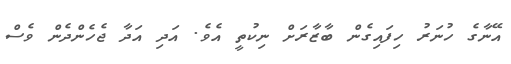
އޭނާގެ ހުނަރު ހިފައިގެން ބާޒާރަށް ނިކުތީ އެވެ. އަދި އަދާ ޖެހެންދެން ވެސް